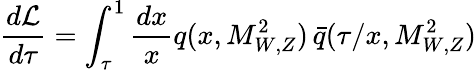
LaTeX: \frac{d{\cal L}}{d\tau}=\int_{\tau}^{1}\frac{dx}{x}q(x,M_{W,Z}^{2})\, \bar{q}(\tau/x,M_{W,Z}^{2})